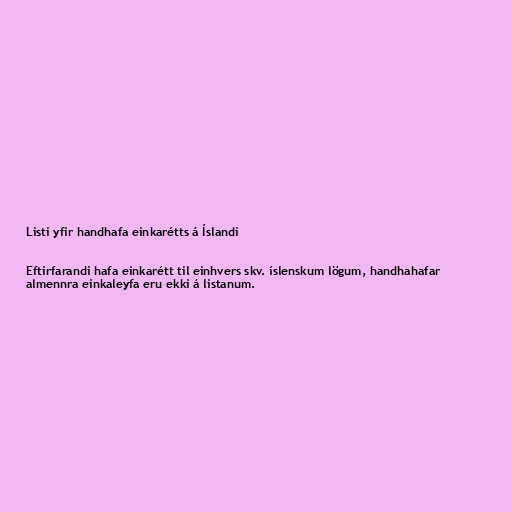
Listi yfir handhafa einkarétts á Íslandi

Eftirfarandi hafa einkarétt til einhvers skv. íslenskum lögum, handhahafar
almennra einkaleyfa eru ekki á listanum.